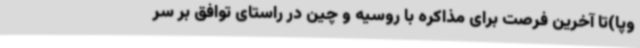
وپا)تا آخرین فرصت برای مذاکره با روسیه و چین در راستای توافق بر سر